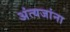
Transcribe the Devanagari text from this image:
अंत्यजांना